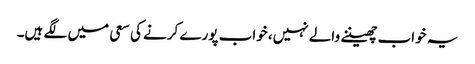
یہ خواب چھیننے والے نہیں، خواب پورے کرنے کی سعی میں لگے ہیں۔